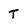
Character: T